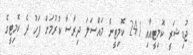
ޖުޑިޝަރީ ކޮމިޓީއާއި 241 ކޮމިޓީން މައްސަލަ ދިރާސާ ކުރުމަށް ފަހު ދެ ކޮމިޓީގެ